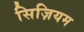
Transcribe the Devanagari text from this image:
सिज़ियम